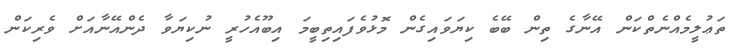
ތަޢުލީމެއްނެތްކަން އޭނާގެ ތިން ބޭބެ ކިޔަވައިގެން މޮޅުވެފައިތިބީމަ އިބޫއެހުރީ ނުކިޔަވާ ދެންއޭނާއަށް ވެރިކަން